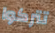
تتركوا